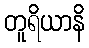
တူရိယာနိ